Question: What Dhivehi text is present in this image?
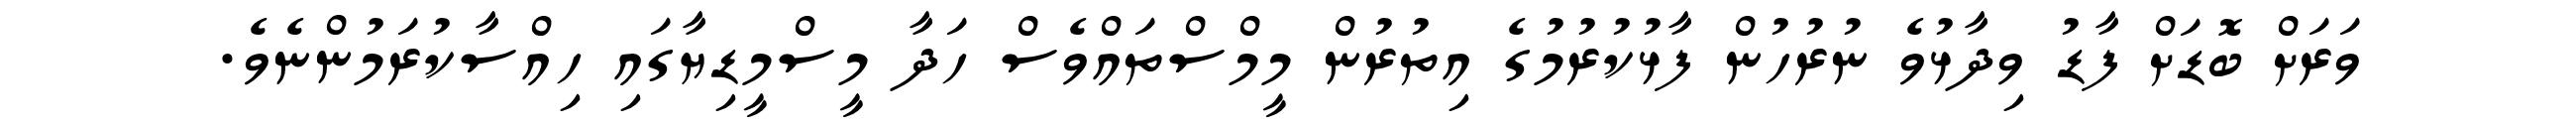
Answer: ވަރަށް ބޮޑަށް ފާޑު ވިދާޅުވެ ނުރުހުން ފާޅުކުރުމުގެ އިތުރުން މީމްސްތައްވެސް ހަދާ މީސްމީޑިޔާގައި ހިއްސާކުރަމުންނެވެ.